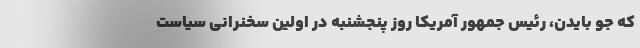
که جو بایدن، رئیس جمهور آمریکا روز پنجشنبه در اولین سخنرانی سیاست